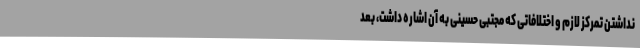
نداشتن تمرکز لازم و اختلافاتی که مجتبی حسینی به آن اشاره داشت، بعد